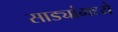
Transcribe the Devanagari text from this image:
साड्यांमध्ये